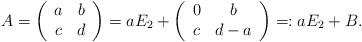
LaTeX: \begin{align*}A=\left(\begin{array}{cc}a&b \\c&d \\\end{array}\right)=aE_2+\left(\begin{array}{cc}0&b \\c&d-a \\\end{array}\right)=:aE_2+B.\end{align*}